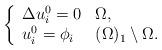
LaTeX: \begin{align*} \left \{ \begin{array}{llll} \Delta u_{i}^{0} = 0 & \Omega,\\ u_{i}^{0} =\phi_{i} & (\Omega)_1\setminus\Omega. \end{array} \right. \end{align*}